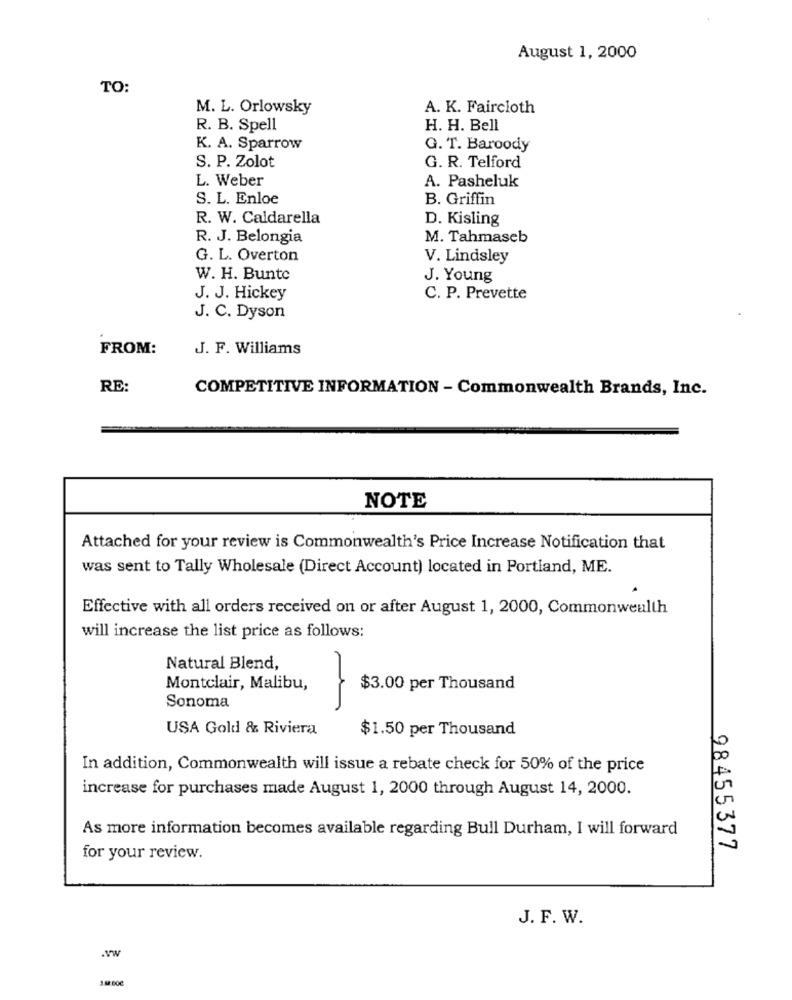
August 1, 2000
TO:
M. L. Orlowsky
A. K. Faircloth
R. B. Spell
H. H. Bell
K. A. Sparrow
G. T. Baroody
S. P. Zolot
G. R. Telford
L. Weber
A. Pasheluk
S. L. Enloe
B. Griffin
R. W. Caldarella
D. Kisling
R. J. Belongia
M. Tahmaseb
G. L. Overton
V. Lindsley
W. H. Bunte
J. Young
J. J. Hickey
C. P. Prevette
J. C. Dyson
FROM:
J. F. Williams
RE:
COMPETITIVE INFORMATION - Commonwealth Brands, Inc.
NOTE
Attached for your review is Commonwealth's Price Increase Notification that
was sent to Tally Wholesale (Direct Account) located in Portland, ME.
Effective with all orders received on or after August 1, 2000, Commonwealth
will increase the list price as follows:
Natural Blend,
Montclair, Malibu,
$3.00 per Thousand
Sonoma
USA Gold & Riviera
$1.50 per Thousand
In addition, Commonwealth will issue a rebate check for 50% of the price
increase for purchases made August 1, 2000 through August 14, 2000.
As more information becomes available regarding Bull Durham, I will forward
98455377
for your review.
J. F. W.
VW